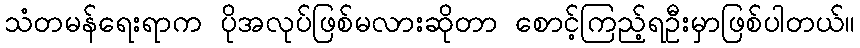
သံတမန်ရေးရာက ပိုအလုပ်ဖြစ်မလားဆိုတာ စောင့်ကြည့်ရဦးမှာဖြစ်ပါတယ်။